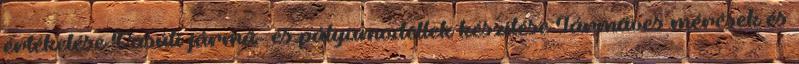
értékelése Vasúti jármű- és pályamodellek készítése Járműves mérések és